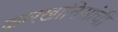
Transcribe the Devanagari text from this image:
कारखानिसांची